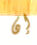
إن